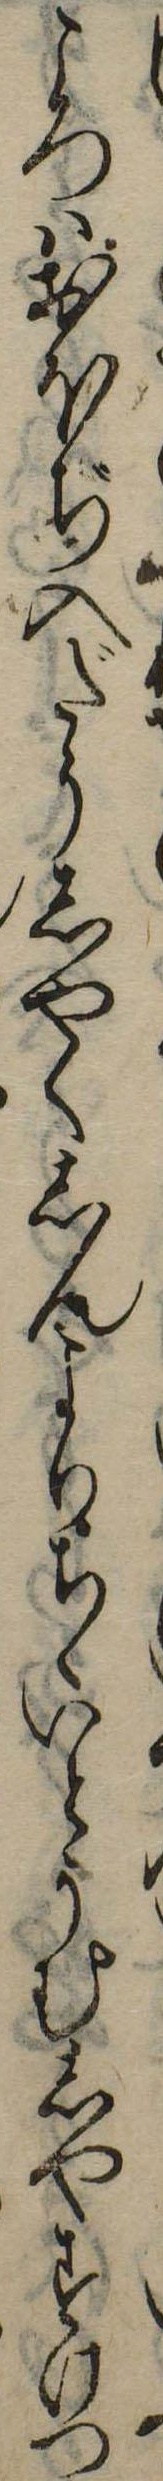
ころはおほぢ入だうしやくしんよりちゝいとうむしやすけつ